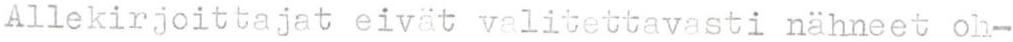
Allekirjoittajat eivät valitettavasti nähneet oh-